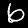
Label: 6